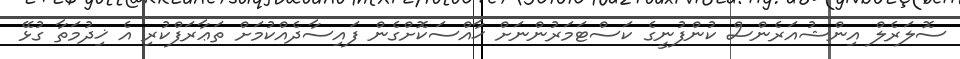
ސޮލަރެލް އިންޝުއަރެންސް ކުންފުނީގެ ކަސްޓަމަރުންނަށް ޚާއްސަކޮށްގެން ފައިސާދެއްކުމަށް ތަޢާރަފްކުރި އެ ޚިދުމަތާ ގުޅޭ